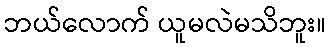
ဘယ်လောက် ယူမလဲမသိဘူး။